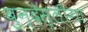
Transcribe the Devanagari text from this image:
बुन्देस्लीगा